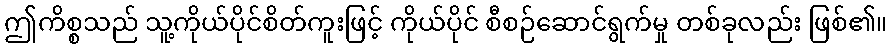
ဤကိစ္စသည် သူ့ကိုယ်ပိုင်စိတ်ကူးဖြင့် ကိုယ်ပိုင် စီစဉ်ဆောင်ရွက်မှု တစ်ခုလည်း ဖြစ်၏။